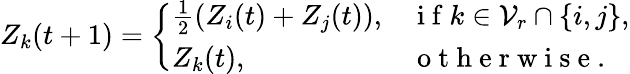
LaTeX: \begin{array}{r}{Z_{k}(t+1)=\left\{ \begin{array}{ll}{\frac 12(Z_{i}(t)+Z_{j}(t)),}&{\mathrm{~i~f~}k\in\mathcal{V}_{r}\cap\{ i,j\} ,}\\ {Z_{k}(t),}&{\mathrm{~o~t~h~e~r~w~i~s~e~}.}\end{array}\right.}\end{array}